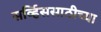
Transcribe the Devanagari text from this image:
सर्व्हिससाठीच्या